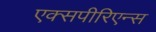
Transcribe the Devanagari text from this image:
एक्सपीरिएन्स